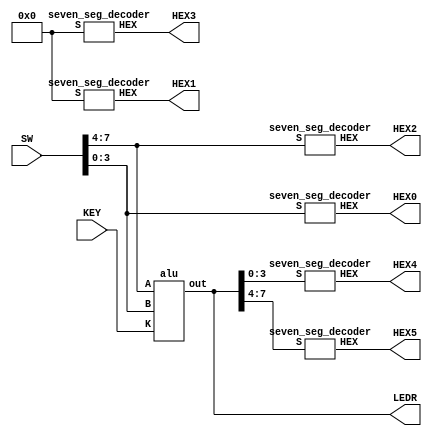
// SW: input to the alu
// KEY: function selector
// LEDR: output of the alu
// HEX{0-5}: various outputs depending on alu and SW
module simulate(
	input [7:0] SW,
	input [2:0] KEY,
	output [7:0] LEDR,
	output [6:0] HEX0,
	output [6:0] HEX1,
	output [6:0] HEX2,
	output [6:0] HEX3,
	output [6:0] HEX4,
	output [6:0] HEX5);

	wire [7:0] alu_out;
	alu a1(
		.A(SW[7:4]),
		.B(SW[3:0]),
		.K(KEY),
		.out(alu_out)
		);
	assign LEDR[7:0] = alu_out;
	// B
	seven_seg_decoder s1(
		.HEX(HEX0),
		.S(SW[3:0])
		);
	// A
	seven_seg_decoder s2(
		.HEX(HEX2),
		.S(SW[7:4])
		);
	// 0
	seven_seg_decoder s3(
		.HEX(HEX1),
		.S(4'b0000)
		);
	seven_seg_decoder s4(
		.HEX(HEX3),
		.S(4'b0000)
		);
	// ALU[3:0]
	seven_seg_decoder s5(
		.HEX(HEX4),
		.S(alu_out[3:0])
		);
	// ALU[7:4]
	seven_seg_decoder s6(
		.HEX(HEX5),
		.S(alu_out[7:4])
		);
endmodule
		

module alu(
	input [3:0] A,
	input [3:0] B,
	input [2:0] K,
	output reg [7:0] out
	);

	// Case 1
	wire [3:0] a_plus_1_sum;
	wire a_plus_1_cout;
	ripplecarryadder r1(
		.X(A),
		.Y(4'b001),
		.cin(1'b0),
		.S(a_plus_1_sum),
		.cout(a_plus_1_cout)
		);
	// Case 2
	wire [3:0] a_plus_b_sum;
	wire a_plus_b_cout;
	ripplecarryadder r2(
		.X(A),
		.Y(B),
		.cin(1'b0),
		.S(a_plus_b_sum),
		.cout(a_plus_b_cout)
		);
	always @(*)
	begin
		case (K)
			3'b111: out = {3'b000, a_plus_1_cout, a_plus_1_sum};
			3'b110: out = {3'b000, a_plus_b_cout, a_plus_b_sum};
			3'b101: out = A + B;
			3'b100: out = {A | B, A ^ B};
			3'b011: out = {7'b0000000, A || B};
			3'b010: out = {A, B};
			default: out = 0;
		endcase
	end
endmodule

module fulladder(
	input A,
	input B,
	input Cin,
	output Sum,
	output Cout);
	assign Sum = A^B^Cin;
	assign Cout = (A&B) | (Cin&(A^B));
endmodule

module ripplecarryadder(
	input [3:0] X,
	input [3:0] Y,
	input cin,
	output [3:0] S,
	output cout);
	wire c1,c2,c3;
	// Fulladder 1
	fulladder a1(
		.A(X[0]),
		.B(Y[0]),
		.Cin(cin),
		.Cout(c1),
		.Sum(S[0])
	);
	// Fulladder 2
	fulladder a2(
		.A(X[1]),
		.B(Y[1]),
		.Cin(c1),
		.Cout(c2),
		.Sum(S[1])
	);
	// Fulladder 3
	fulladder a3(
		.A(X[2]),
		.B(Y[2]),
		.Cin(c2),
		.Cout(c3),
		.Sum(S[2])
	);
	// Fulladder 4
	fulladder a4(
		.A(X[3]),
		.B(Y[3]),
		.Cin(c3),
		.Cout(cout),
		.Sum(S[3])
	);
endmodule

module seven_seg_decoder(HEX, S);
	input [3:0] S;
	output [6:0] HEX;

	assign HEX[0] = (~S[3] & ~S[2] & ~S[1] & S[0]) | (~S[3] & S[2] & ~S[1] & ~S[0]) | (S[3] & S[2] & ~S[1] & S[0]) | (S[3] & ~S[2] & S[1] & S[0]);
	assign HEX[1] = (S[2] & S[1] & ~S[0]) | (S[3] & S[1] & S[0]) | (~S[3] & S[2] & ~S[1] & S[0]) | (S[3] & S[2] & ~S[1] & ~S[0]);
	assign HEX[2] = (~S[3] & ~S[2] & S[1] & ~S[0]) | (S[3] & S[2] & S[1]) | (S[3] & S[2] & ~S[0]);
	assign HEX[3] = (~S[3] & ~S[2] & ~S[1] & S[0]) | (~S[3] & S[2] & ~S[1] & ~S[0]) | (S[3] & ~S[2] & S[1] & ~S[0]) | (S[2] & S[1] & S[0]);
	assign HEX[4] = (~S[3] & S[0]) | (~S[3] & S[2] & ~S[1]) | (~S[2] & ~S[1] & S[0]);
	assign HEX[5] = (~S[3] & ~S[2] & S[0]) | (~S[3] & ~ S[2] & S[1]) | (~S[3] & S[1] & S[0]) | (S[3] & S[2] & ~S[1] & S[0]);
	assign HEX[6] = (~S[3] & ~S[2] & ~S[1]) | (S[3] & S[2] & ~S[1] & ~S[0]) | (~S[3] & S[2] & S[1] & S[0]);
endmodule